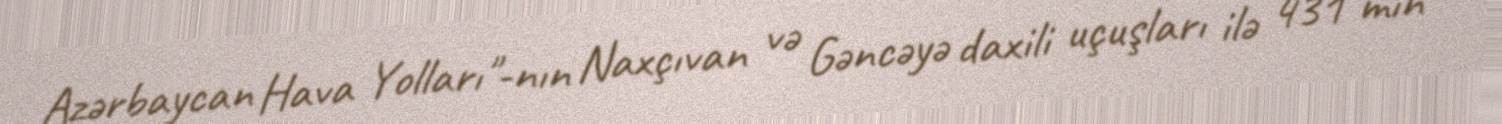
Azərbaycan Hava Yolları"-nın Naxçıvan və Gəncəyə daxili uçuşları ilə 431 min